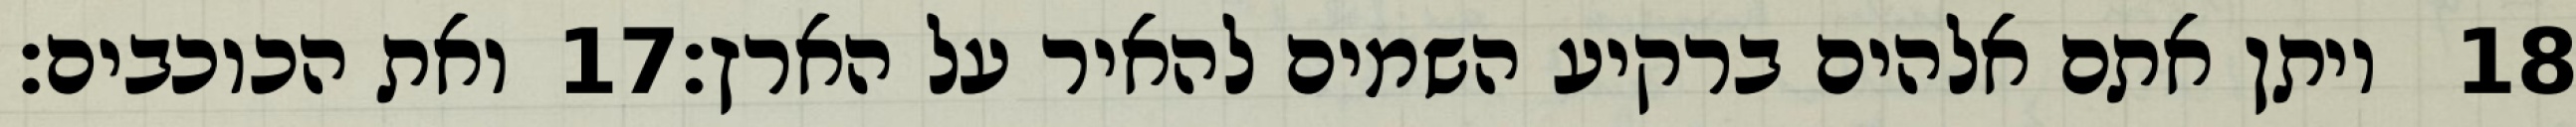
ואת הכוכבים׃ ‎17‏ ויתן אתם אלהים ברקיע השמים להאיר על הארץ׃ ‎18‏